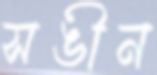
সঙীন